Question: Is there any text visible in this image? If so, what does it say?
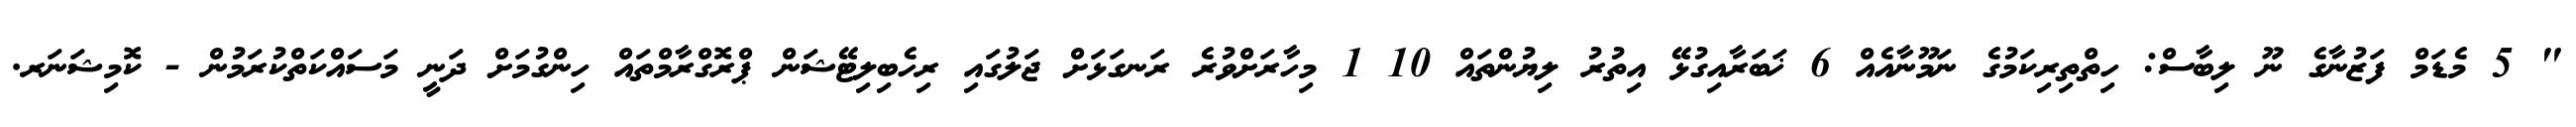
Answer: " 5 މެޑަމް ފަޒުނާގެ ނޫ ލިބާސް: ހިތްތިރިކަމުގެ ނަމޫނާއެއް 6 ޚަބަރާއިގުޅޭ އިތުރު ލިޔުންތައް 10 1 މިހާރަށްވުރެ ރަނގަޅަށް ޖަލުގައި ރިހެބިލިޓޭޝަން ޕްރޮގްރާމްތައް ހިންގުމަށް ދަނީ މަސައްކަތްކުރަމުން - ކޮމިޝަނަރ.